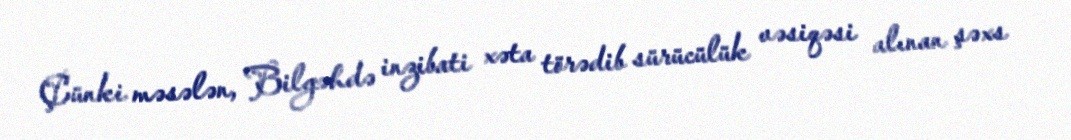
Çünki məsələn, Bilgəhdə inzibati xəta törədib sürücülük vəsiqəsi alınan şəxs